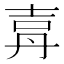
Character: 𡔤